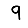
Digit: 9